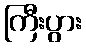
ကြီးပွား